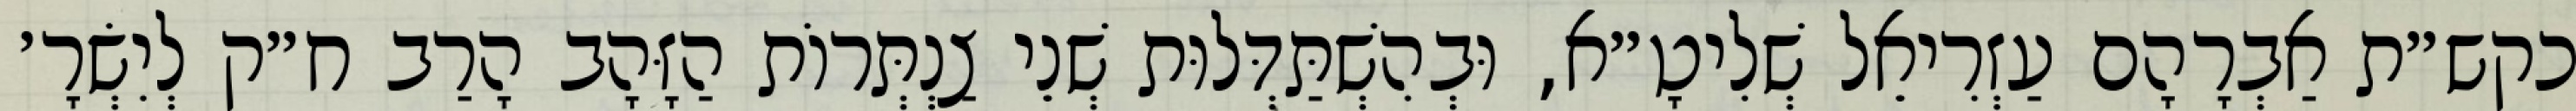
כקש״ת אַבְרָהָם עַזְרִיאֵל שְׁלִיטָ״א, וּבְהִשְׁתַּדְּלוּת שְׁנֵי צַנְתְּרוֹת הַזָּהָב הָרַב ח״ק לְיִשְׂרָ׳